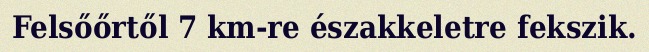
Felsőőrtől 7 km-re északkeletre fekszik.